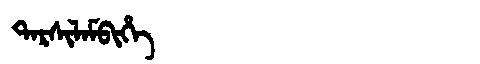
Manchu: ᡨᠠᡵᠰᡳᠯᠠᠮᠪᡳᡥᡝ
Romanization: TARSILAMBIHE